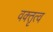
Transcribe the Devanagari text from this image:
वक्‍तृत्‍व